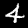
Digit: 4